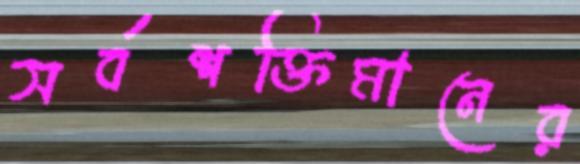
সর্বশক্তিমানের